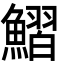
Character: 鰼